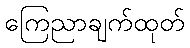
ကြေညာချက်ထုတ်